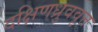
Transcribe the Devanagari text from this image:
दक्षिणध्रुववृत्त